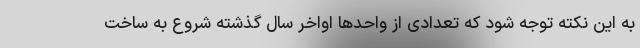
به این نکته توجه شود که تعدادی از واحدها اواخر سال گذشته شروع به ساخت